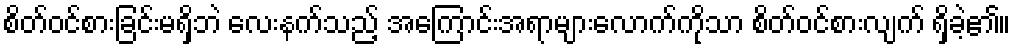
စိတ်ဝင်စားခြင်းမရှိဘဲ လေးနက်သည့် အကြောင်းအရာများလောက်ကိုသာ စိတ်ဝင်စားလျက် ရှိခဲ့၏။